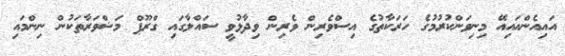
އައިއެންއައިއޭ މިނިވަންކުރުމުގެ ހަރަކާތުގެ އިސްވެރިން ވެރިން ވިދާޅުވީ ސައްލާގައި ގްރޫޕް މަޝްވަރާތަކުން ނިންމައި